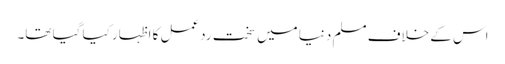
اس کے خلاف مسلم دنیا میں سخت ردعمل کا اظہار کیا گیا تھا۔